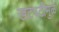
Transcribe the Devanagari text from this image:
खटपटीमुळे